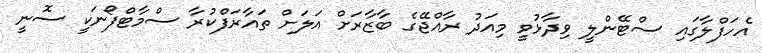
އެހަފްލާގައި ސްޓޭންލީ ވިދާޅުވީ މިއަދު ރާއްޖޭގެ ބާޒާރަށް އަލަށް ތައާރަފްކުރާ ސްމާޓްފޯނަކީ ސޮނީ